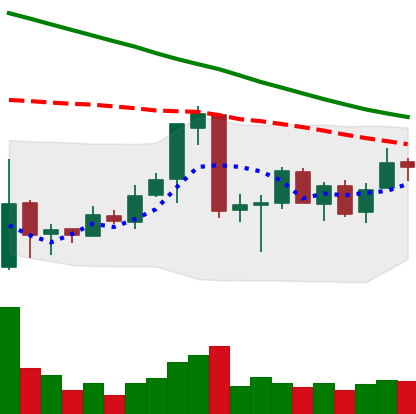
Ticker: ETC-USD
Chart end date: 2018-07-01
Forward return: 15.669%
Label: up_7plus